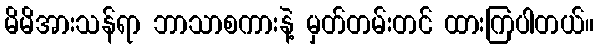
မိမိအားသန်ရာ ဘာသာစကားနဲ့ မှတ်တမ်းတင် ထားကြပါတယ်။